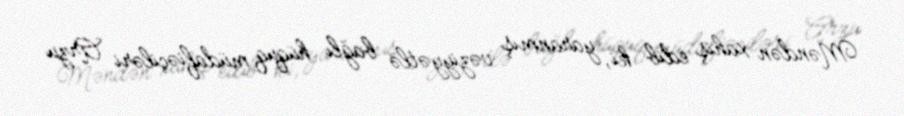
Məndən xahiş edib ki, yaranmış vəziyyətlə bağlı hüquq müdafiəçiləri Arzu